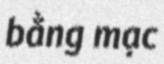
bằng mạc